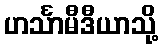
ဟင်္သာမီဒီယာသို့